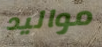
مواليد